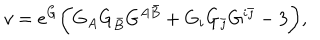
LaTeX: v = e ^ { G } \biggl ( G _ { A } G _ { \bar { B } } G ^ { A \bar { B } } + G _ { i } G _ { \bar { \jmath } } G ^ { i \bar { \jmath } } - 3 \biggr ) ,